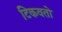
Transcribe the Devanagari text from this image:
टिकवतो